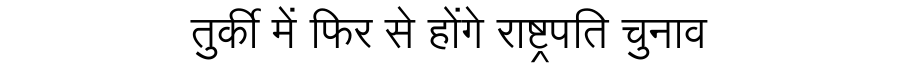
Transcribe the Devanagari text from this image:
तुर्की में फिर से होंगे राष्ट्रपति चुनाव